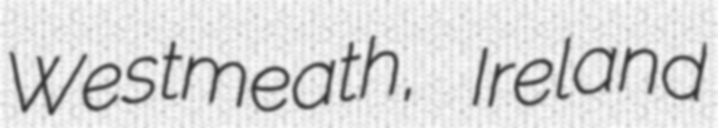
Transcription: Westmeath, Ireland